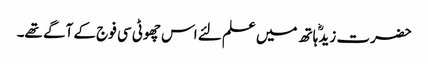
حضرت زیدؓ ہاتھ میں علم لئے اس چھوٹی سی فوج کے آگے تھے۔